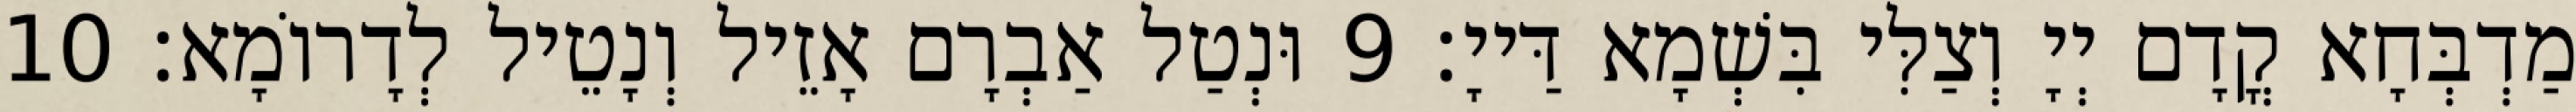
מַדְבְּחָא קֳדָם יְיָ וְצַלִּי בִּשְׁמָא דַּייָ׃ 9 וּנְטַל אַבְרָם אָזֵיל וְנָטֵיל לְדָרוֹמָא׃ 10